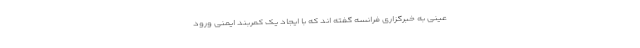
عینی به خبرگزاری فرانسه گفته اند که با ایجاد یک کمربند ایمنی ورود